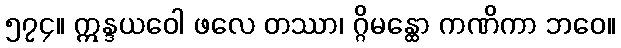
၅၇၄။ ဣန္ဒယဝေါ ဖလေ တဿာ၊ ဂ္ဂိမန္ထော ကဏိကာ ဘဝေ။